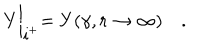
Y \biggl | _ { \mathrm { i } ^ { + } } = Y ( \gamma , r \to \infty ) \quad .